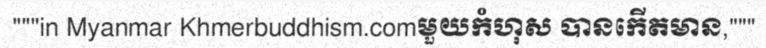
"""in Myanmar Khmerbuddhism.comមួយកំហុស បានកើតមាន,"""